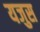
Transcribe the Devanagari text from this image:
यजुस